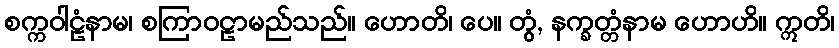
စက္ကဝါဠံနာမ၊ စကြာဝဠာမည်သည်။ ဟောတိ၊ ပေ။ တွံ, နက္ခတ္တံနာမ ဟောဟိ။ ဣတိ၊